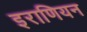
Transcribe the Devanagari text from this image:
इराणियन